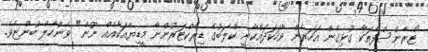
"ޓްރާންސްފާތަކާ ގުޅިގެން އަހަރެން ވާހަކަދައްކާނީ ކްލަބުގެ ޑިރެކްޓަރުންނާ މީޑިޔާއަކާއެއް ނޫން" ވެންހާލް ބުންޏެވެ.